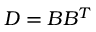
D = B B ^ { T }